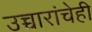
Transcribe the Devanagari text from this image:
उच्चारांचेही